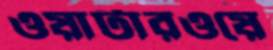
ওয়াটারওয়ে